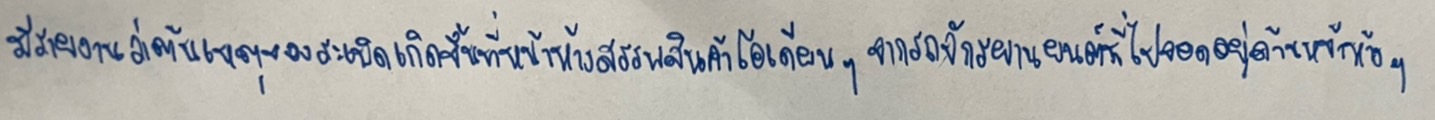
มีรายงานว่าต้นเหตุของระเบิดเกิดขึ้นที่หน้าห้างสรรพสินค้าโอเดียนฯจากรถจักรยานยนต์ที่ไปจอดอยู่ด้านหน้าห้างฯ